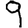
Digit: 9